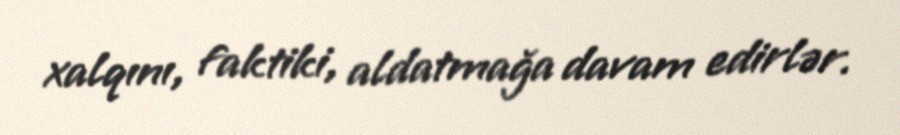
xalqını, faktiki, aldatmağa davam edirlər.